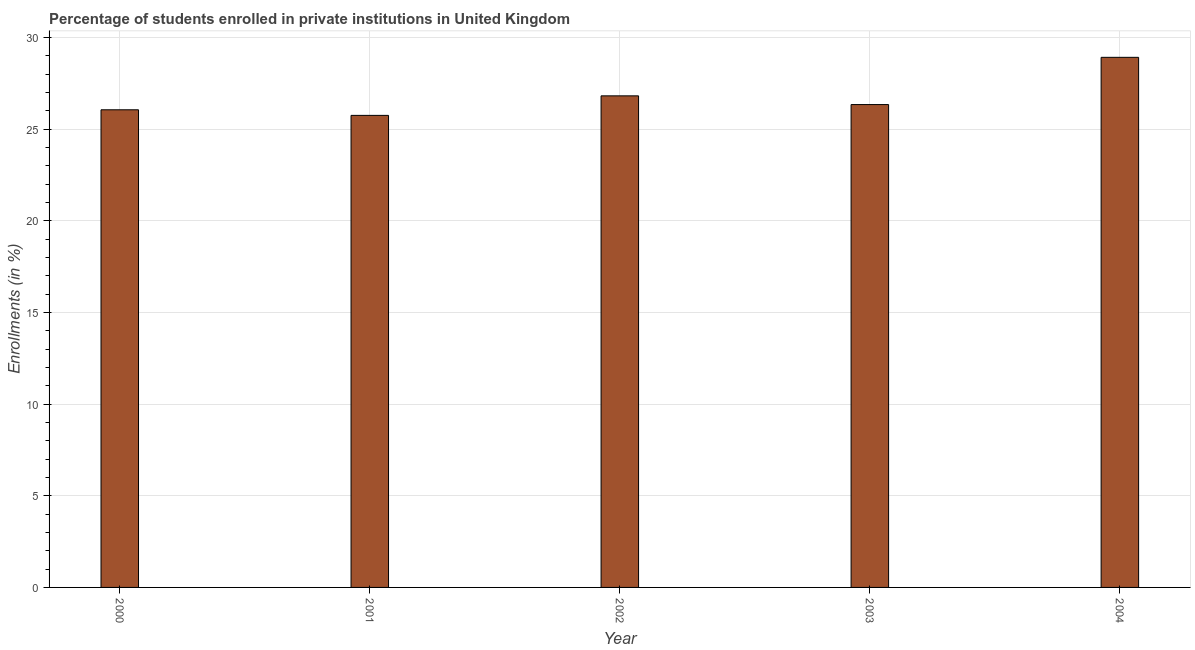
| Year | Enrollments |
 | --- | --- |
 | 2000 | 26 |
 | 2001 | 25.7 |
 | 2002 | 26.8 |
 | 2003 | 26.3 |
 | 2004 | 28.9 |